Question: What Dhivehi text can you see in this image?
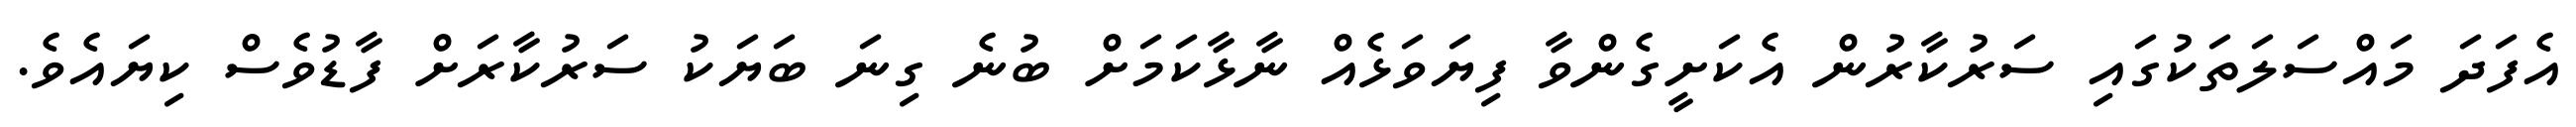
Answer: އެފަދަ މައްސަލަތަކުގައި ސަރުކާރުން އެކަށީގެންވާ ފިޔަވަޅެއް ނާޅާކަމަށް ބުނެ ގިނަ ބަޔަކު ސަރުކާރަށް ފާޑުވެސް ކިޔައެވެ.